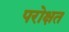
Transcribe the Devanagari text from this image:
परोक्षत